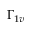
\Gamma _ { 1 v }